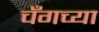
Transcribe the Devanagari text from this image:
चँगच्या